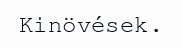
Kinövések.